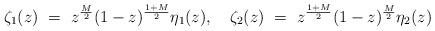
LaTeX: \begin{align*}\zeta_1(z)~=~z^{\frac{M}{2}}(1-z)^{\frac{1+M}{2}}\eta_1(z),~~~\zeta_2(z)~=~z^{\frac{1+M}{2}}(1-z)^{\frac{M}{2}}\eta_2(z)\end{align*}